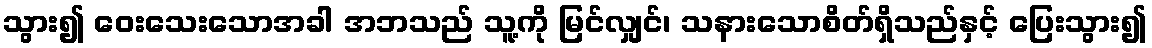
သွား၍ ဝေးသေးသောအခါ အဘသည် သူ့ကို မြင်လျှင်၊ သနားသောစိတ်ရှိသည်နှင့် ပြေးသွား၍